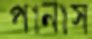
পানাস